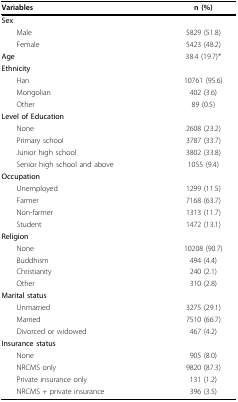
| <COLSPAN=2> Variables | n (%) |
 | --- | --- | --- |
 | Sex |  |  |
 | <COLSPAN=2> Male | 5829 (51.8) |
 | <COLSPAN=2> Female | 5423 (48.2) |
 | Age |  | 38.4 (19.7)* |
 | Ethnicity |  |  |
 | <COLSPAN=2> Han | 10761 (95.6) |
 | <COLSPAN=2> Mongolian | 402 (3.6) |
 | <COLSPAN=2> Other | 89 (0.5) |
 | <COLSPAN=2> Level of Education |  |
 | <COLSPAN=2> None | 2608 (23.2) |
 | <COLSPAN=2> Primary school | 3787 (33.7) |
 | <COLSPAN=2> Junior high school | 3802 (33.8) |
 | <COLSPAN=2> Senior high school and above | 1055 (9.4) |
 | Occupation |  |  |
 | <COLSPAN=2> Unemployed | 1299 (11.5) |
 | <COLSPAN=2> Farmer | 7168 (63.7) |
 | <COLSPAN=2> Non-farmer | 1313 (11.7) |
 | <COLSPAN=2> Student | 1472 (13.1) |
 | Religion |  |  |
 | <COLSPAN=2> None | 10208 (90.7) |
 | <COLSPAN=2> Buddhism | 494 (4.4) |
 | <COLSPAN=2> Christianity | 240 (2.1) |
 | <COLSPAN=2> Other | 310 (2.8) |
 | <COLSPAN=2> Marital status |  |
 | <COLSPAN=2> Unmarried | 3275 (29.1) |
 | <COLSPAN=2> Married | 7510 (66.7) |
 | <COLSPAN=2> Divorced or widowed | 467 (4.2) |
 | <COLSPAN=2> Insurance status |  |
 | <COLSPAN=2> None | 905 (8.0) |
 | <COLSPAN=2> NRCMS only | 9820 (87.3) |
 | <COLSPAN=2> Private insurance only | 131 (1.2) |
 | <COLSPAN=2> NRCMS + private insurance | 396 (3.5) |